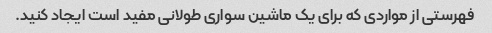
فهرستی از مواردی که برای یک ماشین سواری طولانی مفید است ایجاد کنید.